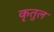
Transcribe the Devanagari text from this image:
कृतुल